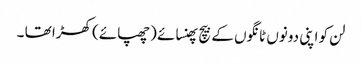
لن کو اپنی دونوں ٹانگوں کے بیچ پھنسائے (چھپائے) کھڑا تھا ۔